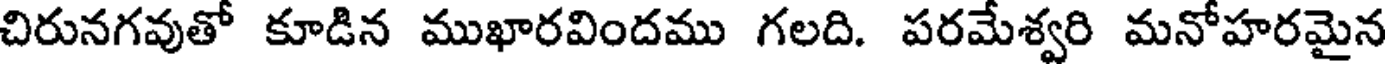
చిరునగవుతో కూడిన ముఖారవిందము గలది. పరమేశ్వరి మనోహరమైన